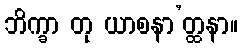
ဘိက္ခာ တု ယာစနာ’တ္ထနာ။